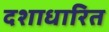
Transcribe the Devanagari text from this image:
दशाधारित